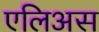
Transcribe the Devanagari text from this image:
एलिअस